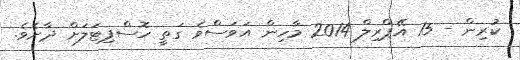
ކުރިން - 15 އޭޕްރިލް 2014 މާހިން އަވަސްވެ ގަތީ ހޮސްޕިޓަލަށް ދާށެވެ.